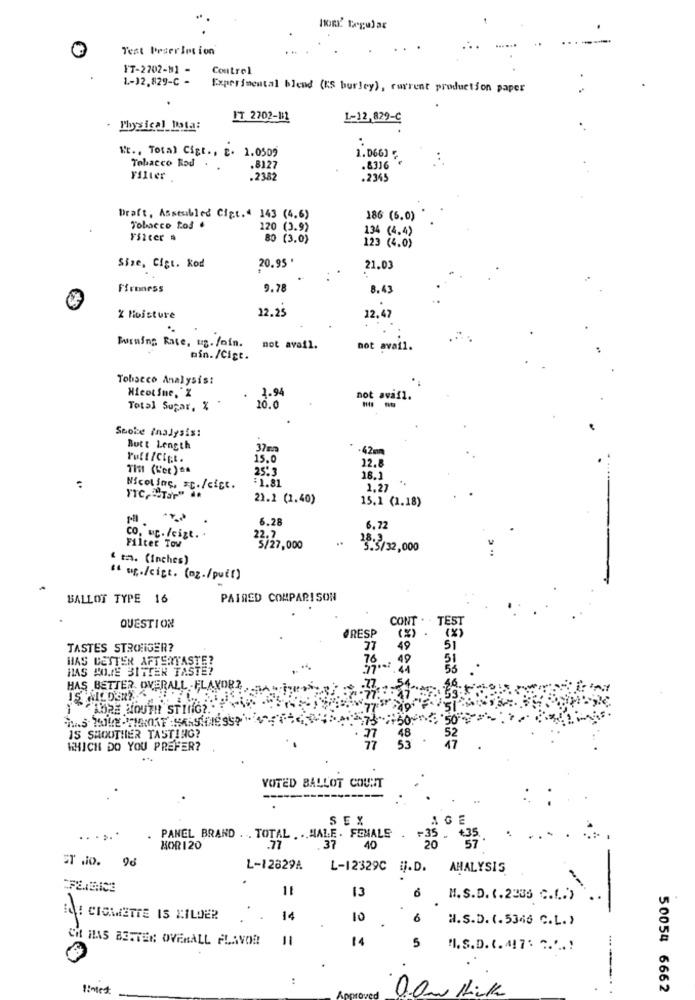
Test DeserImsion
IT-2702-M1 -
Control
1 .- 12.829-C -
Experimental blend (KS burley), current production paper
FT 2702-111
1-12,829-C
Physical_lota:
"t ., Total Cigt ., E. 1.0509
1.066) ;
Tobacco Rod
.8)27
.8316
Filter .
.2382
.2345
Draft, Assembled Cipt. 143 (4.6)
186 (5.0)
Tobacco tod .
220 (3.9)
134 (4.4)
FS2cer .
80 (3.0)
123 (4.0)
20.95 *
Size, Cigt. kod
21.03
Firmness
9.78
8.43
22.25
12,47
2 Moisture
Burning Rate, us. foin.
not avail.
not avai1.
pin. /Cict.
Tobacco Analysis:
1.94
not avafl.
Total Sugar, %
10.0
Seobe Inalysis:
Butt Length
37m
.42mm
15.0
THI (Ket) **
25.3
22.8
:1.81
18.1
Nicoline, sc./cist.
1.27
TTC, "TOP" de
21.2 (1.40)
15.1 (1.18)
6.28
6.72
co. c./cizt. .
22.7
..
18.3
Filter Tow
5/27,000
S.5/32,000
" t. (inches)
" wp./cigt. (oz./pull)
BALLOT TYPE 16
PAIRED COMPARISON
CONT . . TEST
QUESTION
₫RESP
(x)
TASTES STRONGER?
37
49
51
HAS BESTEN AFTERTASTE?
70
HAS HOME BITTER TASTE?
HAS BETTER. OVERALL -FLAVOR?
ABRE MOUTH STING ?. "
48
IS SHOUTHER TASTING?
WHICH DO YOU PREFER?
77
53
VOTED BALLOT COUNT
---
SEX
.. . ...
PANEL BRAND . . TOTAL . .. MALE . FEMALE
+35
KOR 120
.77
37
40
ET No. 96
L-12829A
L-12329C
i.D.
AHALYSIS
13
6
H. S.D. (.2335 C.( .. )
LE CIOMIETTE IS BILDER
14
10
6
H.S.D. (.5346 C.L. )
CH HAS BETTEN OVERALL FLAVOR
11
14
5
".S.D. (. 417. "." .!
:
50054 6662